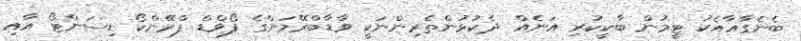
ބެނެގާއާއެކު ޓީމުން ބާކީކުރި އަނެއް ދެކުޅުންތެރިންނަކީ ވާޑާބްރޭމަންގެ ފޯވްޑް ފްރޭންކޯ ޑިސަންޓޯ އާއި